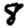
Digit: 8